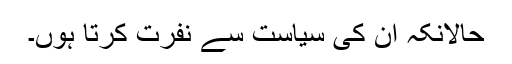
حالانکہ ان کی سیاست سے نفرت کرتا ہوں۔